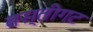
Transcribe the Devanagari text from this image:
वस्तीगट